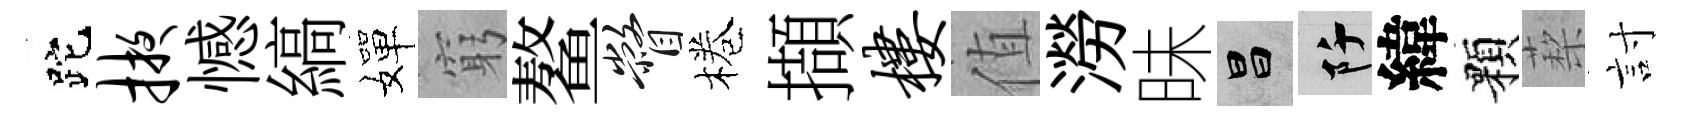
跎掖憾縞嬋窮鳌瞥棬擷楼值澇昧昌阡緯顆蔾討